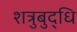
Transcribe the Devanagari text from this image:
शत्रुबुद्धि